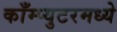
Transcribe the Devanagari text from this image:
काँम्प्युटरमध्ये